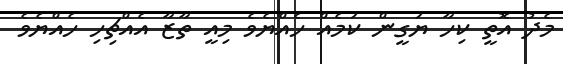
މެދު އޮތީ ކިހާ ޔަގީން ކަމެއް ހެއްޔެވެ މިއީ ތާޒާ އެއްޗިހި ހެއްޔެވެ